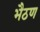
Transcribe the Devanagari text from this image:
भैठण